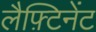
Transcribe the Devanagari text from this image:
लैफ़्टिनेंट